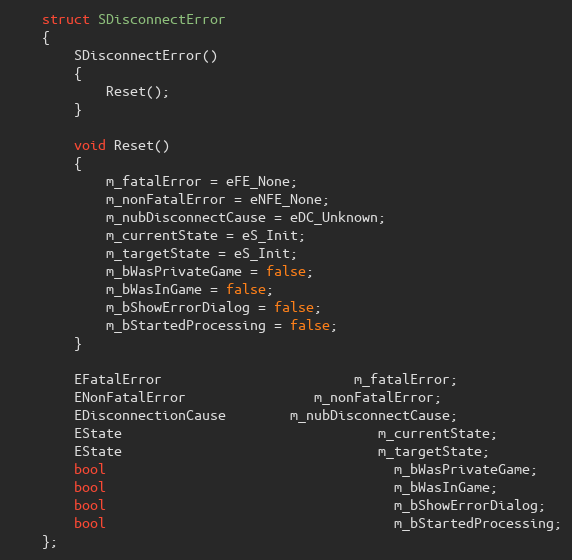
Language: C
	struct SDisconnectError
	{
		SDisconnectError()
		{
			Reset();
		}

		void Reset()
		{
			m_fatalError = eFE_None;
			m_nonFatalError = eNFE_None;
			m_nubDisconnectCause = eDC_Unknown;
			m_currentState = eS_Init;
			m_targetState = eS_Init;
			m_bWasPrivateGame = false;
			m_bWasInGame = false;
			m_bShowErrorDialog = false;
			m_bStartedProcessing = false;
		}

		EFatalError						m_fatalError;
		ENonFatalError				m_nonFatalError;
		EDisconnectionCause		m_nubDisconnectCause;
		EState								m_currentState;
		EState								m_targetState;
		bool									m_bWasPrivateGame;
		bool									m_bWasInGame;
		bool									m_bShowErrorDialog;
		bool									m_bStartedProcessing;
	};